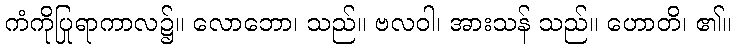
ကံကိုပြုရာကာလ၌။ လောဘော၊ သည်။ ဗလဝါ၊ အားသန် သည်။ ဟောတိ၊ ၏။